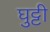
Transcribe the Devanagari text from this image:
घुट्टी